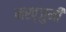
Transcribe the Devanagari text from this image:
मख्जुमी